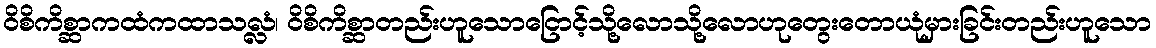
ဝိစိကိစ္ဆာကထံကထာသလ္လံ၊ ဝိစိကိစ္ဆာတည်းဟူသောငြောင့်သို့လောသို့လောဟုတွေးတောယုံမှားခြင်းတည်းဟူသော